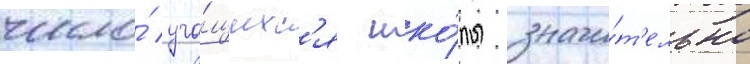
число́ уча́щихс'я шко́лы значи́т'ельно